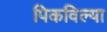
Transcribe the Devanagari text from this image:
पिकविल्या